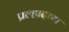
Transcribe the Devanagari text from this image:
प्रल्हादच्या